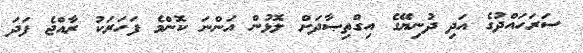
ސަރަހައްދުގެ އަދި ދުނިޔޭގެ އިގްތިޞާދަށް ލޮޅުން އަންނަ ކޮންމެ ފަހަރަކު ރާއްޖެ ފަދަ